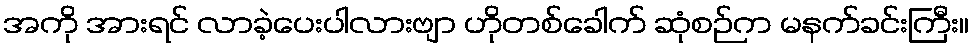
အကို အားရင် လာခဲ့ပေးပါလားဗျာ ဟိုတစ်ခေါက် ဆုံစဉ်က မနက်ခင်းကြီး။